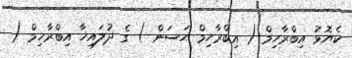
ކެޔޮޅު އިބްރާހިމް ( އިބްރާހިމް ޙަސަން ) ގެ ޛުލައިޚާ އިބްރާހިމް (